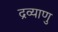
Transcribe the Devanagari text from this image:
द्रव्याणु